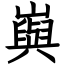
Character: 㠘